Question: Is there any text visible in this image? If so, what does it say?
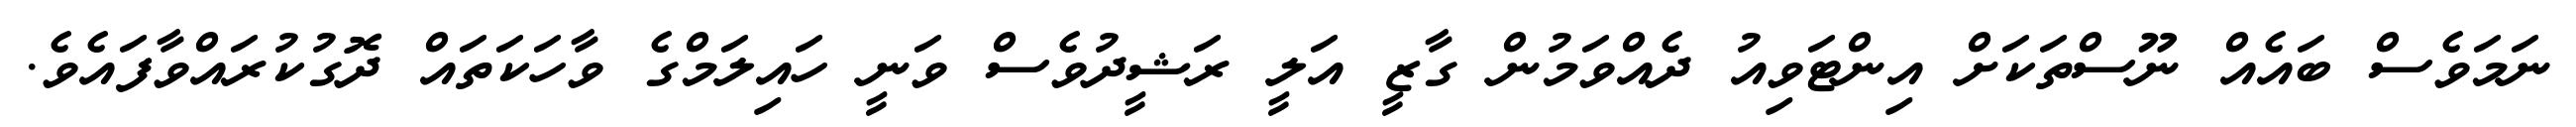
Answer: ނަމަވެސް ބައެއް ނޫސްތަކަށް އިންޓަވިއު ދެއްވަމުން ގާޒީ އަލީ ރަޝީދުވެސް ވަނީ ހައިލަމްގެ ވާހަކަތައް ދޮގުކުރައްވާފައެވެ.